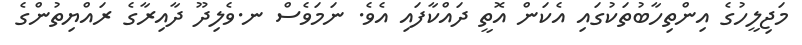
މަޖިލީހުގެ އިންތިހާބުތަކުގައި އެކަން އޮތީ ދައްކާފައި އެވެ. ނަމަވެސް ނ.ވެލިދޫ ދާއިރާގެ ރައްޔިތުންގެ